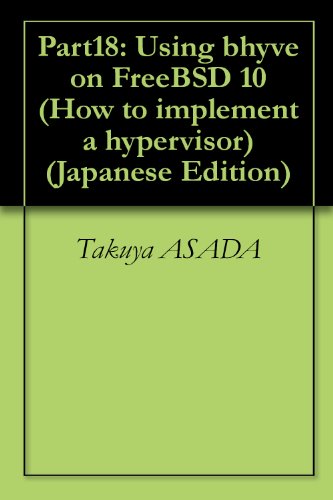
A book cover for Part18: Using bhyve on FreeBSD 10 How to implement a hypervisor (Japanese Edition); Takuya ASADA; Computers & Technology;